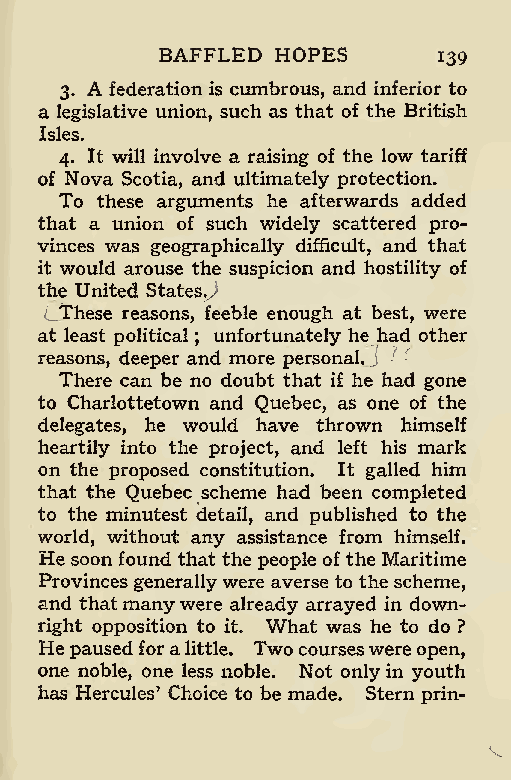
BAFFLED HOPES
 139
 3. A federation is cumbrous, and inferior to
 a legislative union, such as that of the British
 Isles.
 4. It will involve a raising of the low tariff
 of Nova Scotia, and ultimately protection.
 To these arguments he afterwards added
 that a union of such widely scattered pro-
 vinces was geographically difficult, and that
 it would arouse the suspicion and hostility of
 the United States.y
 Lt'hese reasons, feeble enough at best, were
 at least political unfortunately he had other
 ;
 reasons, deeper and more personal.
 There can be no doubt that if he had gone
 to Charlottetown and Quebec, as one of the
 delegates, he would have thrown himself
 heartily into the project, and left his mark
 on the proposed constitution. It galled him
 that the Quebec scheme had been completed
 to the minutest detail, and published to the
 world, without any assistance from himself.
 He soon found that the people of the Maritime
 Provinces generallywere averse to thescheme,
 and thatmanywere already arrayed in down-
 right opposition to it. What was he to do ?
 Hepausedforalittle. Twocourseswereopen,
 one noble, one less noble. Not onlyin youth
 has Hercules’ Choice to be made. Stern prin-